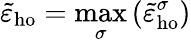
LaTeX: \tilde{\varepsilon}_{\mathrm{ho}}=\operatorname*{max}_{\sigma}\left(\tilde{\varepsilon}_{\mathrm{ho}}^{\sigma}\right)